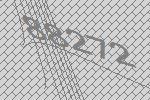
88272